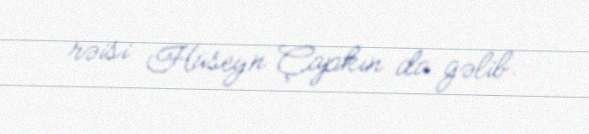
rəisi Hüseyn Çapkın da gəlib.